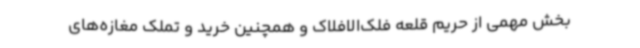
بخش مهمی از حریم قلعه فلک‌الافلاک و همچنین خرید و تملک مغازه‌های